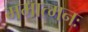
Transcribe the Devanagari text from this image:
ममात्मनः